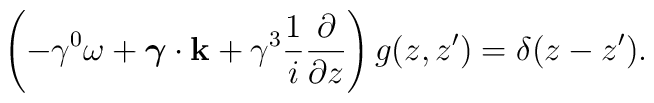
\left(-\gamma^0\omega+{\bf\mbox{\boldmath$\gamma$}\cdot k}+\gamma^3{1\over i}{\partial\over\partial z}\right)g(z,z')=\delta(z-z').